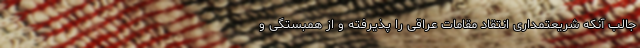
جالب آنکه شریعتمداری انتقاد مقامات عراقی را پذیرفته و از همبستگی و